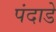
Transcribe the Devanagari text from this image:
पंदाडे